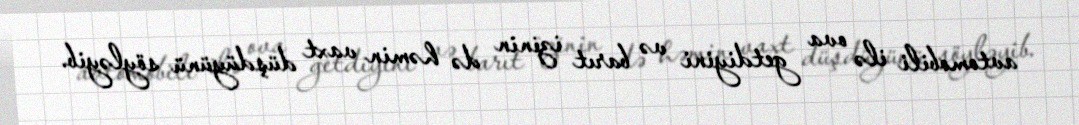
avtomobili ilə ova getdiyini və barıt izinin də həmin vaxt düşdüyünü söyləyib.